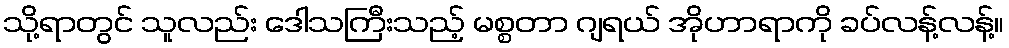
သို့ရာတွင် သူလည်း ဒေါသကြီးသည့် မစ္စတာ ဂျရယ် အိုဟာရာကို ခပ်လန့်လန့်။